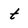
Character: t